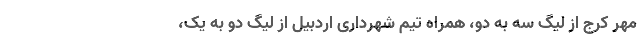
مهر کرج از لیگ سه به دو، همراه تیم شهرداری اردبیل از لیگ دو به یک،